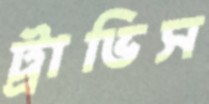
ট্রাভিস